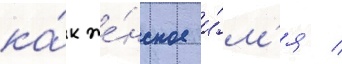
ка́к же́нское и́м'я /